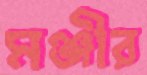
মঞ্জীর